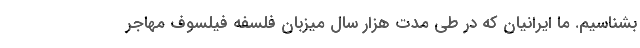
بشناسیم. ما ایرانیان که در طی مدت هزار سال میزبان فلسفه فیلسوف مهاجر